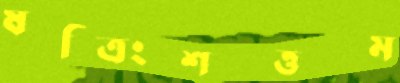
ষট্‌ত্রিংশত্তম